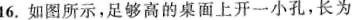
16.如图所示，足够高的桌面上开一小孔，长为